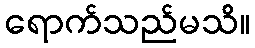
ရောက်သည်မသိ။